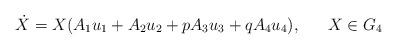
LaTeX: \begin{align*}\dot{X}= X(A_{1} u_{1} + A_{2} u_{2} + p A_{3} u_{3} + q A_{4}u_{4}),~~~~~X\in G_{4}\end{align*}